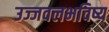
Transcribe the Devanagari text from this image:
उज्जवलभविष्य